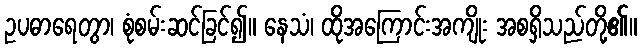
ဥပဓာရေတွာ၊ စုံစမ်းဆင်ခြင်၍။ နေသံ၊ ထိုအကြောင်းအကျိုး အစရှိသည်တို့၏။